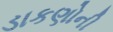
ડાકણોની